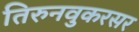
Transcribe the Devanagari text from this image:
तिरुनवुकरसर